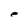
Character: e